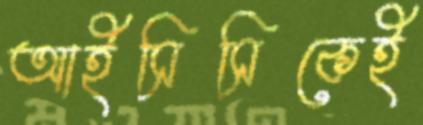
আইসিসিকেই